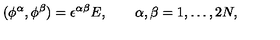
( \phi ^ { \alpha } , \phi ^ { \beta } ) = \epsilon ^ { \alpha \beta } E , \qquad \alpha , \beta = 1 , \dots , 2 N ,